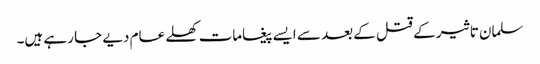
سلمان تاثیر کے قتل کے بعد سے ایسے پیغامات کھلے عام دیے جا رہے ہیں۔